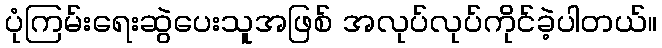
ပုံကြမ်းရေးဆွဲပေးသူအဖြစ် အလုပ်လုပ်ကိုင်ခဲ့ပါတယ်။